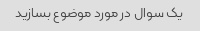
یک سوال در مورد موضوع بسازید